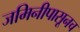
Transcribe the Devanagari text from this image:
जमिनीपासूनच